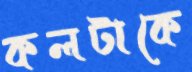
কলটাকে